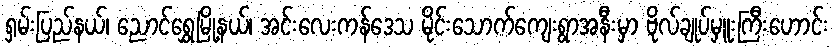
ရှမ်းပြည်နယ်၊ ညောင်ရွှေမြို့နယ်၊ အင်းလေးကန်ဒေသ မိုင်းသောက်ကျေးရွာအနီးမှာ ဗိုလ်ချုပ်မှူးကြီးဟောင်း